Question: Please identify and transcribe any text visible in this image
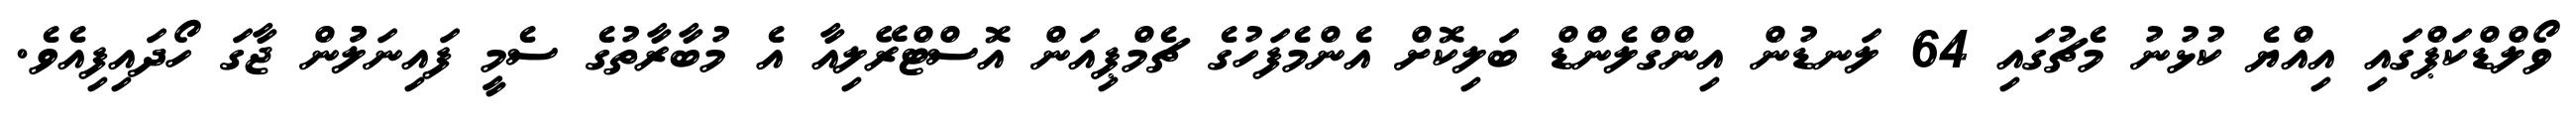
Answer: ވޯލްޑްކަޕްގައި އިއްޔެ ކުޅުނު މެޗުގައި 64 ލަނޑުން އިންގްލެންޑް ބަލިކޮށް އެންމެފަހުގެ ޗެމްޕިއަން އޮސްޓްރޭލިއާ އެ މުބާރާތުގެ ސެމީ ފައިނަލުުން ޖާގަ ހޯދައިފިއެވެ.